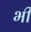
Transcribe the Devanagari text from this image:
भी